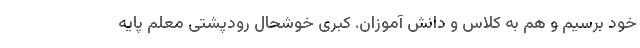
خود برسیم و هم به کلاس و دانش آموزان. کبری خوشحال رودپشتی معلم پایه